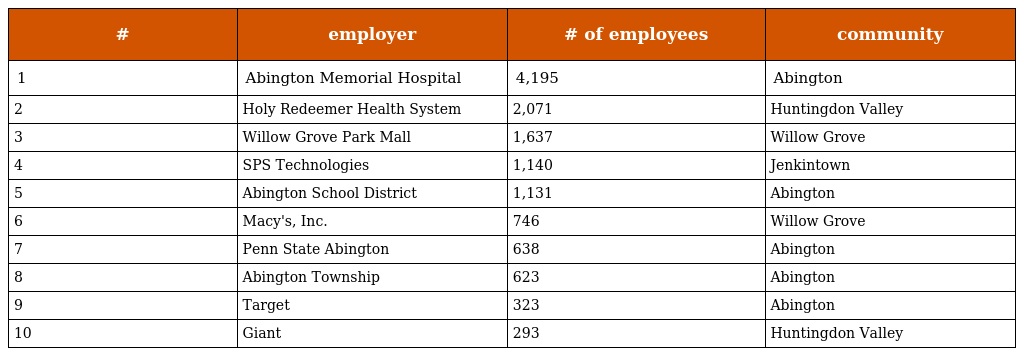
| # | employer | # of employees | community |
 | --- | --- | --- | --- |
 | 1 | Abington Memorial Hospital | 4,195 | Abington |
 | 2 | Holy Redeemer Health System | 2,071 | Huntingdon Valley |
 | 3 | Willow Grove Park Mall | 1,637 | Willow Grove |
 | 4 | SPS Technologies | 1,140 | Jenkintown |
 | 5 | Abington School District | 1,131 | Abington |
 | 6 | Macy's, Inc. | 746 | Willow Grove |
 | 7 | Penn State Abington | 638 | Abington |
 | 8 | Abington Township | 623 | Abington |
 | 9 | Target | 323 | Abington |
 | 10 | Giant | 293 | Huntingdon Valley |